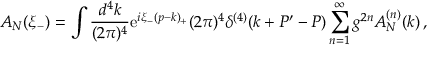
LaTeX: { \cal A } _ { N } ( \xi _ { - } ) = \int \frac { d ^ { 4 } k } { ( 2 \pi ) ^ { 4 } } \mathrm { e } ^ { i \xi _ { - } ( p - k ) _ { + } } ( 2 \pi ) ^ { 4 } \delta ^ { ( 4 ) } ( k + P ^ { \prime } - P ) \sum _ { n = 1 } ^ { \infty } g ^ { 2 n } A _ { N } ^ { ( n ) } ( k ) \, ,